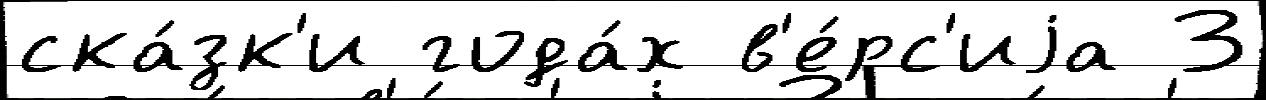
ска́зк'и года́х в'е́рс'иjа 3